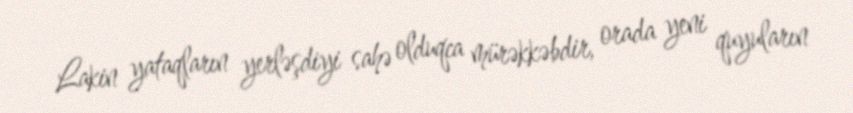
Lakin yataqların yerləşdiyi sahə olduqca mürəkkəbdir, orada yeni quyuların